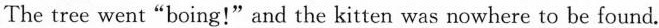
The tree went"boing!" and the kitten was nowhere to be found.